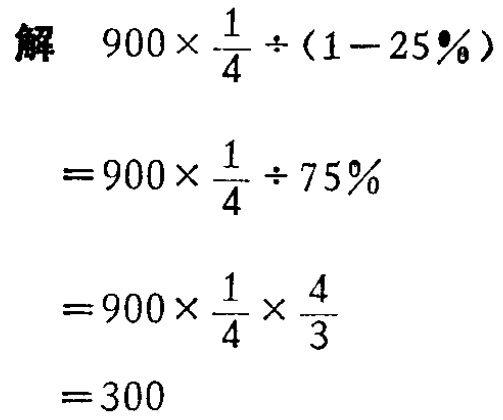
解
\[
\begin{align*}
&900\times\frac{1}{4}\div(1 - 25\%)\\
=&900\times\frac{1}{4}\div75\%\\
=&900\times\frac{1}{4}\times\frac{4}{3}\\
=&300
\end{align*}
\]